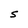
Character: S